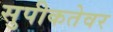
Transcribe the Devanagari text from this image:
सुपीकतेवर